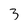
Character: 3